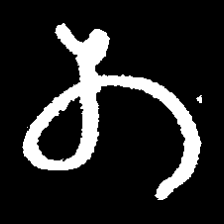
Pyu character \u2014 Myanmar letter: တ (romanized: ta)